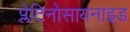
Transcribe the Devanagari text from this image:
प्लेटिनोसायनाइड